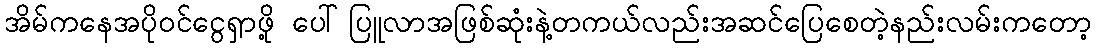
အိမ်ကနေအပိုဝင်ငွေရှာဖို့ ပေါ်ပြူလာအဖြစ်ဆုံးနဲ့တကယ်လည်းအဆင်ပြေစေတဲ့နည်းလမ်းကတော့